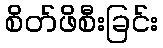
စိတ်ဖိစီးခြင်း